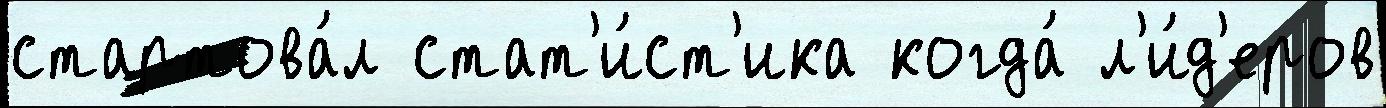
стартова́л стат'и́ст'ика когда́ л'и́д'еров